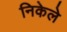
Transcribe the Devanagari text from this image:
निकेले